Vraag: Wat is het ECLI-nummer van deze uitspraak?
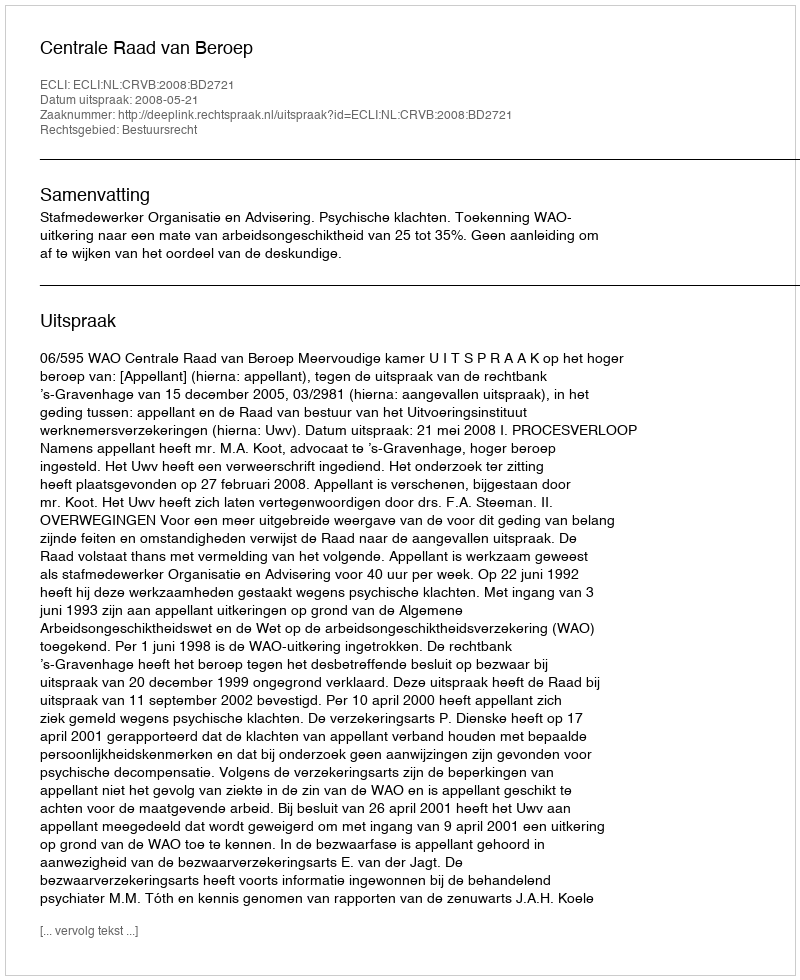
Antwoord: ECLI:NL:CRVB:2008:BD2721